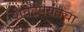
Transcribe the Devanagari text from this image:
शेवटपर्यंतचा